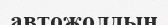
автожолдың